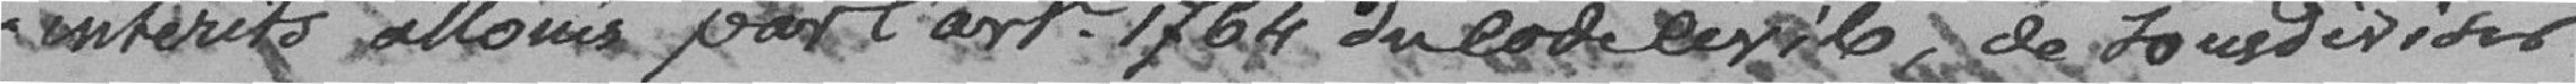
intérêts alloués par l'art. 1764 du code civil, de sous-diviser,